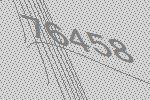
76458